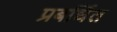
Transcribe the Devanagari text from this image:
प्रबर्धित